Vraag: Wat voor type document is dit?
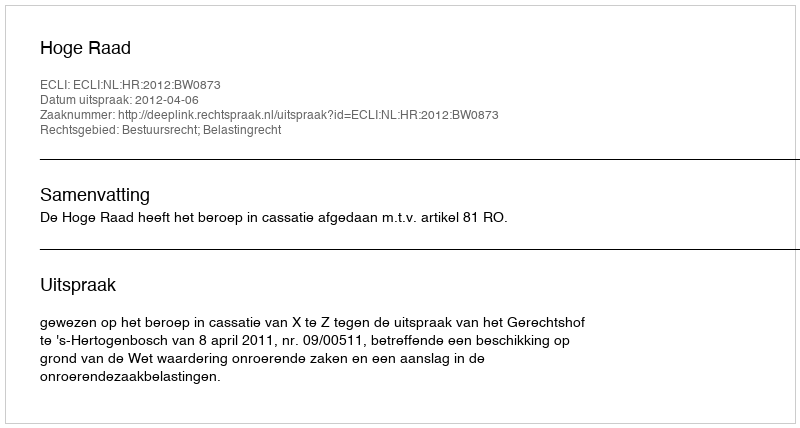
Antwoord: Uitspraak